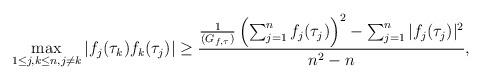
LaTeX: \begin{align*}\max _{1\leq j,k \leq n, j\neq k}|f_j(\tau_k)f_k(\tau_j)|\geq \frac{\frac{1}{(G_{f,\tau})}\left(\sum_{j=1}^nf_j(\tau_j)\right)^2-\sum_{j=1}^n|f_j(\tau_j)|^2}{n^2-n},\end{align*}